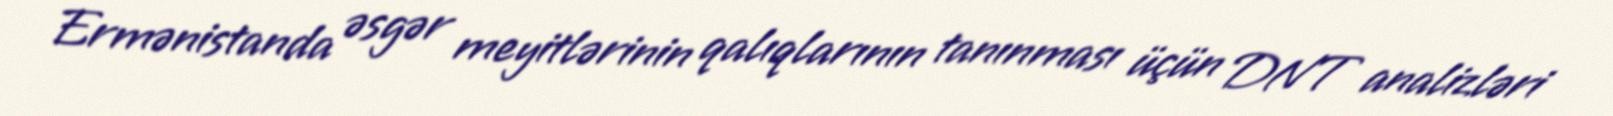
Ermənistanda əsgər meyitlərinin qalıqlarının tanınması üçün DNT analizləri